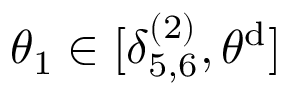
\theta _ { 1 } \in [ \delta _ { 5 , 6 } ^ { ( 2 ) } , \theta ^ { \mathrm { d } } ]